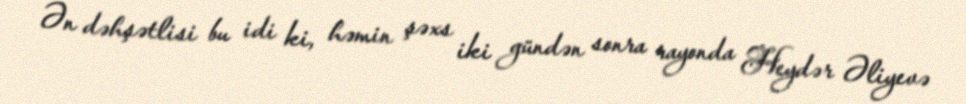
Ən dəhşətlisi bu idi ki, həmin şəxs iki gündən sonra rayonda Heydər Əliyevə